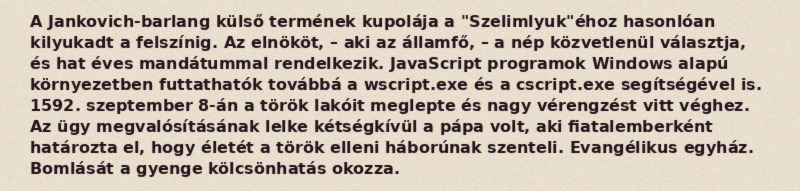
A Jankovich-barlang külső termének kupolája a "Szelimlyuk"éhoz hasonlóan kilyukadt a felszínig. Az elnököt, – aki az államfő, – a nép közvetlenül választja, és hat éves mandátummal rendelkezik. JavaScript programok Windows alapú környezetben futtathatók továbbá a wscript.exe és a cscript.exe segítségével is. 1592. szeptember 8-án a török lakóit meglepte és nagy vérengzést vitt véghez. Az ügy megvalósításának lelke kétségkívül a pápa volt, aki fiatalemberként határozta el, hogy életét a török elleni háborúnak szenteli. Evangélikus egyház. Bomlását a gyenge kölcsönhatás okozza.